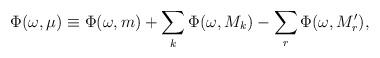
LaTeX: \begin{align*}\Phi(\omega,\mu)\equiv\Phi(\omega,m)+\sum_k \Phi(\omega,M_k) -\sum_r \Phi(\omega,M'_r),\end{align*}